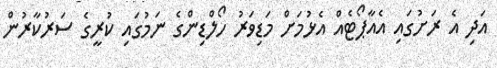
އަދި އެ ރަށުގައި އެއާޕޯޓެއް އެޅުމަށް މަޑިވަރު ހޯލްޑިންގެ ނަމުގައި ކުރީގެ ސަރުކާރުން